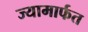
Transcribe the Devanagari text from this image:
ज्यामार्फत